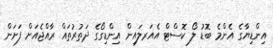
އިންޑިޔާގެ އެންމެ ބޮޑު ލޯ ކޮސްޓް އެއަރލައިން އިންޑިގޯގެ ދަތުރުތައް ރާއްޖެއަށް ފަށަން